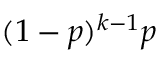
( 1 - p ) ^ { k - 1 } p